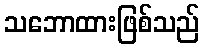
သဘောထားဖြစ်သည်